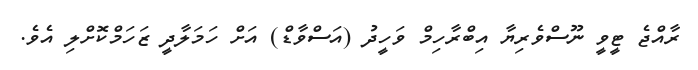
ރާއްޖެ ޓީވީ ނޫސްވެރިޔާ އިބްރާހިމް ވަހީދު (އަސްވާޑް) އަށް ހަމަލާދީ ޒަހަމްކޮށްލި އެވެ.